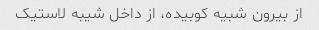
از بیرون شبیه کوبیده، از داخل شیبه لاستیک